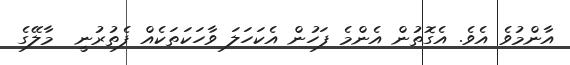
އާންމުވެ އެވެ. އެގޮތުން އެންމެ ފަހުން އެކަހަލަ ވާހަކަތަކެއް ފެތުރުނީ  މާލޭގެ